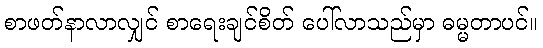
စာဖတ်နာလာလျှင် စာရေးချင်စိတ် ပေါ်လာသည်မှာ ဓမ္မတာပင်။